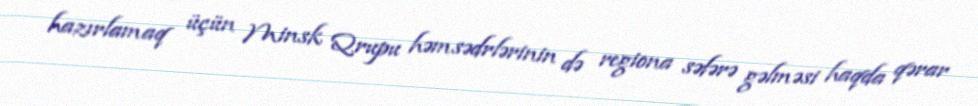
hazırlamaq üçün Minsk Qrupu həmsədrlərinin də regiona səfərə gəlməsi haqda qərar